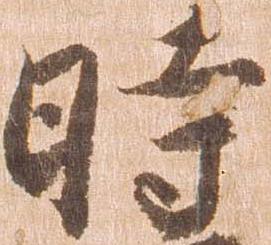
時